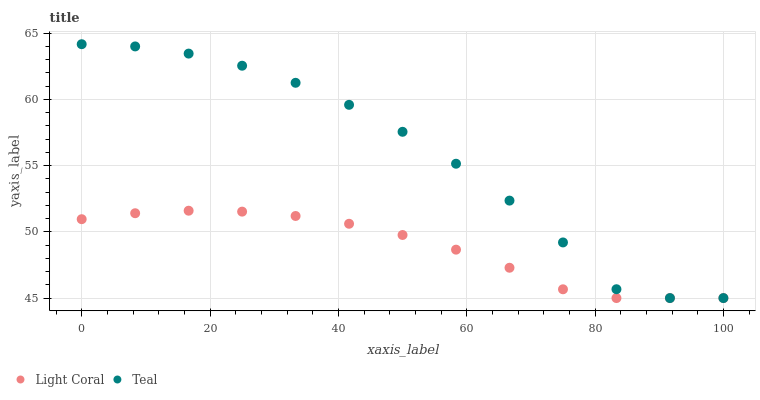
| xaxis_label | Light Coral | Teal |
 | --- | --- | --- |
 | 0 | 51 | 64.2 |
 | 8.33 | 51.4 | 64 |
 | 16.7 | 51.6 | 63.5 |
 | 25 | 51.5 | 62.5 |
 | 33.3 | 51.2 | 61.3 |
 | 41.7 | 50.6 | 59.6 |
 | 50 | 49.8 | 57.6 |
 | 58.3 | 48.7 | 55.1 |
 | 66.7 | 47.3 | 52.4 |
 | 75 | 45.7 | 49.2 |
 | 83.3 | 45 | 45.7 |
 | 91.7 | 45 | 45 |
 | 100 | 45 | 45 |